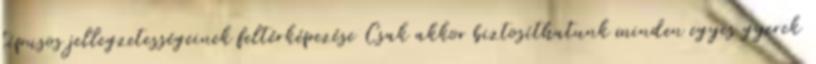
típusos jellegzetességeinek feltérképezése Csak akkor biztosíthatunk minden egyes gyerek